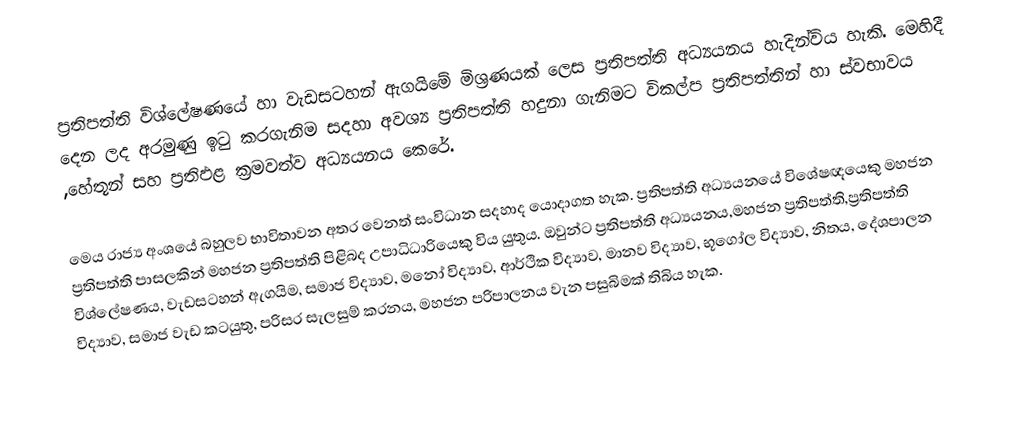
ප්‍රතිපත්ති විශ්ලේෂණ‍යේ හා වැඩසටහන් ඇගයිමේ මිශ්‍රණයක් ලෙස ප්‍රතිපත්ති අධ්‍යයනය හැදින්විය හැකි. මෙහිදී දෙන ලද අරමුණු ඉටු කරගැනිම සදහා අවශ්‍ය ප්‍රතිපත්ති හදුනා ගැනිමට විකල්ප ප්‍රතිපත්තින් හා ස්වභාවය ,හේතූන් සහ ප්‍රතිඵළ ක්‍රමවත්ව අධ්‍යයනය කෙරේ.

මෙය රාජ්‍ය අංශයේ බහුලව භාවිතාවන අතර වෙනත් සංවිධාන සදහාද යොදාගත හැක. ප්‍රතිපත්ති අධ්‍යයනයේ විශේෂඥයෙකු මහජන ප්‍රතිපත්ති පාසලකින් මහජන ප්‍රතිපත්ති පිළිබද උපාධිධාරියෙකු විය යුතුය. ඔවුන්ට ප්‍රතිපත්ති අධ්‍යයනය,මහජන ප්‍රතිපත්ති,ප්‍රතිපත්ති විශ්ලේෂණය, වැඩසටහන් ඇගයිම, සමාජ විද්‍යාව, මනෝ විද්‍යාව, ආර්ථික විද්‍යාව, මානව විද්‍යාව, භූගෝල විද්‍යාව, නිතය, දේශපාලන විද්‍යාව, සමාජ වැඩ කටයුතු, පරිසර සැලසුම් කරනය, මහජන පරිපාලනය වැන පසුබිමක් තිබිය හැක.